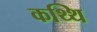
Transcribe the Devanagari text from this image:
कथ्थि